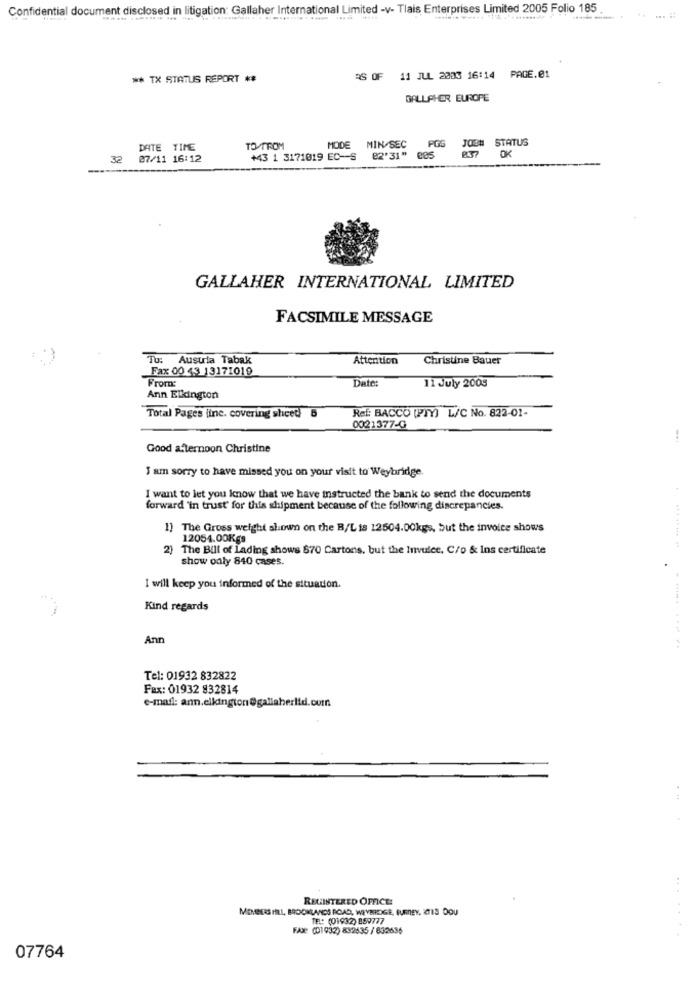
Confidential document disclosed in litigation: Gallaher International Limited -v- Tlais Enterprises Limited 2005 Folio 185
** TX STATUS REPORT **
RS OF 11 JUL 2003 16:14 PAGE.01
GALLAHER EUROPE
STATUS
DATE TIME
TO TROM
MODE
MIN SEC
OK
32
07/11 16:12
+43 1 3171019 EC-S
82'31" 085
GALLAHER INTERNATIONAL LIMITED
FACSIMILE MESSAGE
Tu: Austria Tabak
Attention
Christine Bauer
Fax 00 43 13171019
From:
Date:
11 July 2009
Ann Elkington
Ref: BACCO [PTY) L/C No. 822-01-
Total Pages line. covering sheet 5
0021377-G
Good afternoon Christine
I am sorry to have missed you on your visit to Weybridge.
I want to let you know that we have instructed the bank to send the documents
forward 'in trust for this shipment because of the following discrepancies.
1) The Gross weight shown on the B/Lis 12504.00kgs, but the invoice shows
12054.00Kgs
2) The Bill of Lading shows 870 Cartons, but the Invulce, C/o & Ins certificate
show only 840 cases.
I will keep you informed of the situation.
Kind regards
Ann
Tel: 01932 832822
Fax: 01932 832814
e-mail: ann.elkington@gallaherlid.com
REGISTERED OFFICE:
MEMBERS HILL, BACONLANDS ROAD, WEYBRIDGE, GURNEY, 2TIS DOU
TEL: (01932) 859777
FAX: (01 932) 832635 / 632636
07764